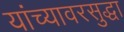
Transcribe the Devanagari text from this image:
यांच्यावरसुद्धा